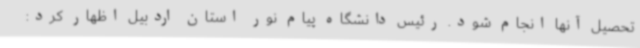
تحصیل آنها انجام شود. رئیس دانشگاه پیام نور استان اردبیل اظهار کرد: